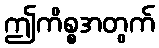
ဤကိစ္စအတွက်